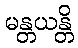
မန္တယန္တိ